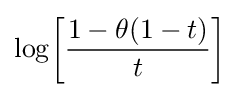
\log \!\left[{\frac {1-\theta (1-t)}{t}}\right]